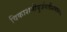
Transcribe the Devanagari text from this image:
विकाशमीयुर्जगतीशमार्गणा